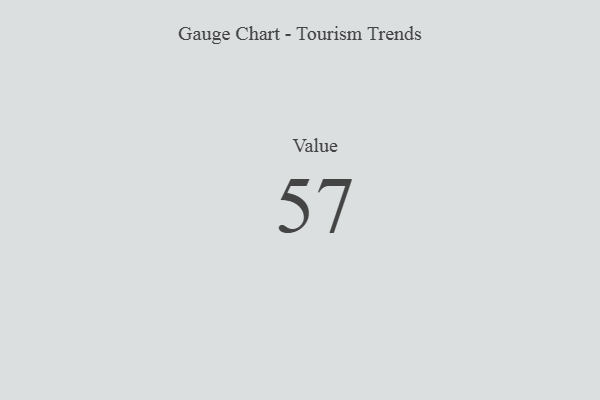
{"axis": {"x": "Metric", "y": "Value"}, "legend": [""], "data": [{"x": "Value", "y": 57, "type": ""}]}